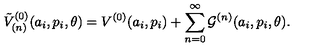
{ \tilde { V } } _ { ( n ) } ^ { ( 0 ) } ( a _ { i } , p _ { i } , \theta ) = V ^ { ( 0 ) } ( a _ { i } , p _ { i } ) + \sum _ { n = 0 } ^ { \infty } { \cal G } ^ { ( n ) } ( a _ { i } , p _ { i } , \theta ) .